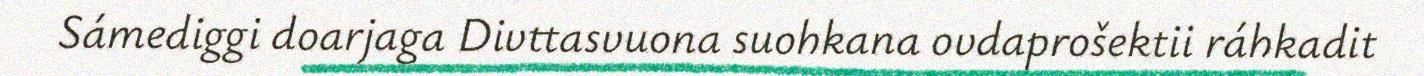
Sámediggi doarjaga Divttasvuona suohkana ovdaprošektii ráhkadit